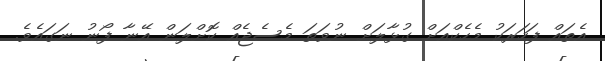
އެތައް ފަހަރަކު މެހެކްއަށް ގުޅާލަށް ނުވަތަ މެސެޖެއް ކޮށްލަން އޭނާ ފޯނު ނަގައެވެ.